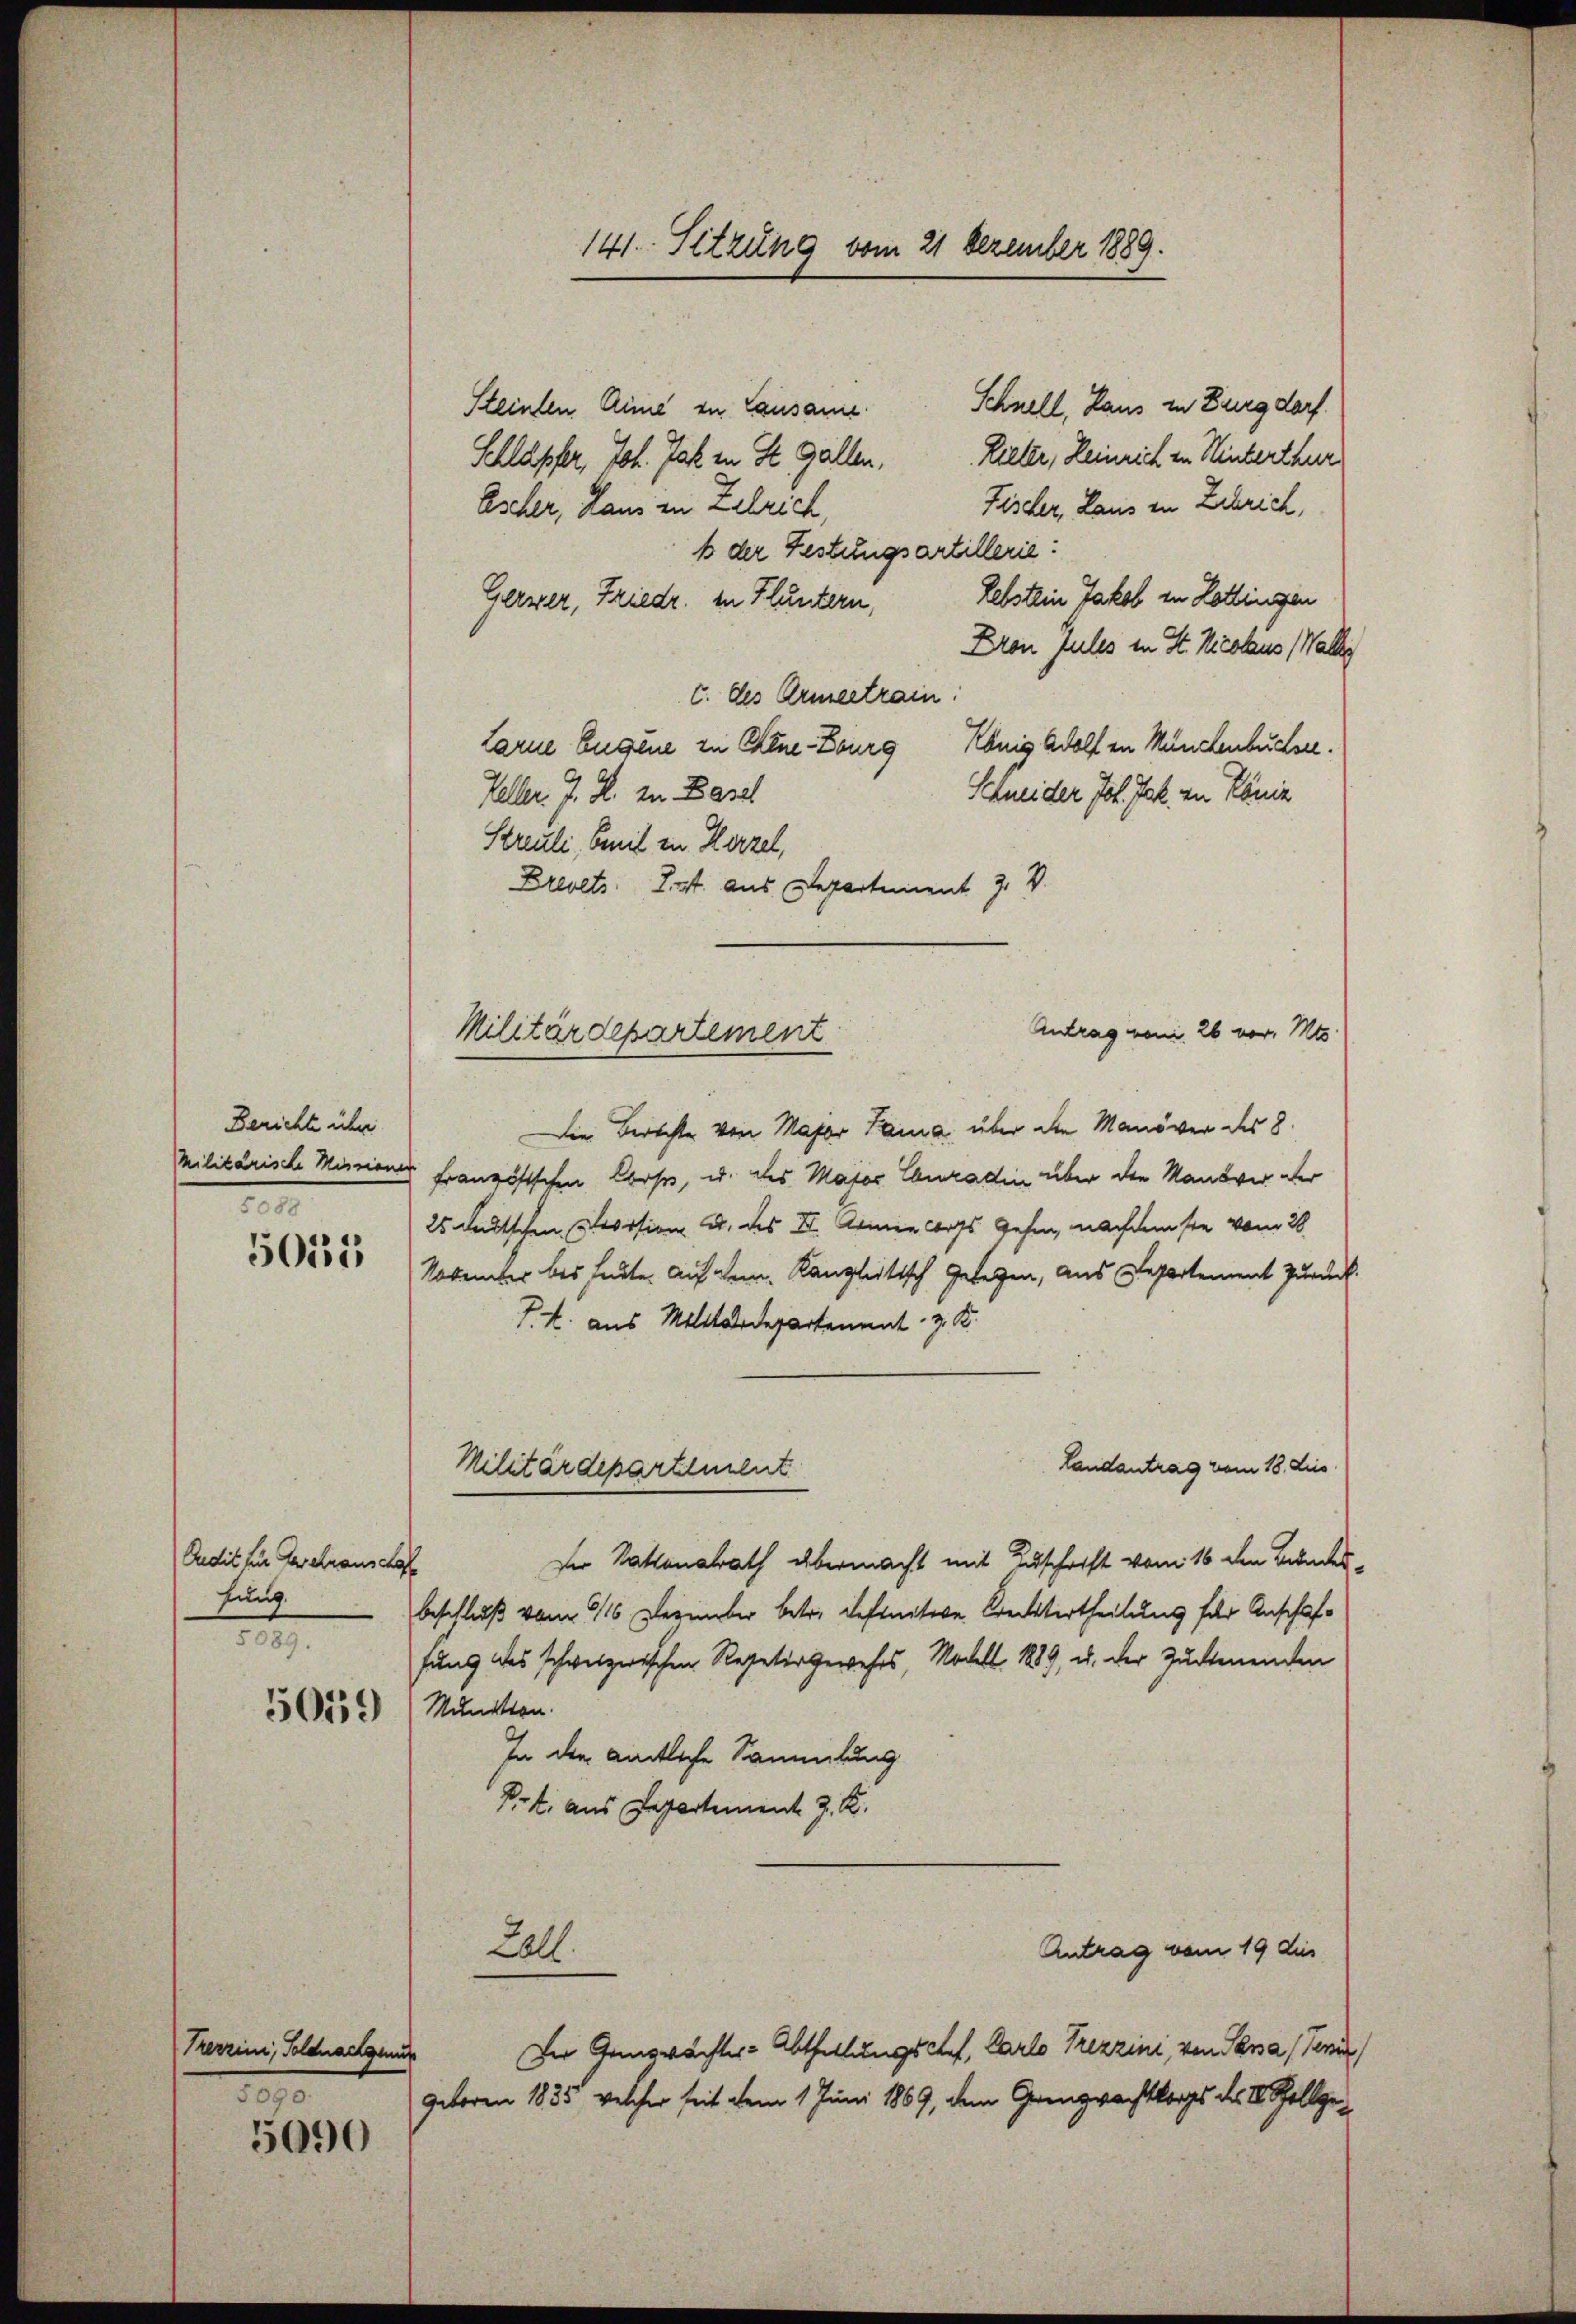
Berichte über
Militarische Missionen
1

5012

Ondit zur Geschranschaf
hung.
1.
5059

Trerzini, Soldnachgenug
190

5090

141. Sitzung vom 21 Dezember 1889.

Schnell, Haus in Burgdorf.
Steinten Anna zu Lausanie
Schläpfer, Joh. Jahr in St. Gallen. Ritter, Heinrich in Hinterthur
Fischer, Laus in Zubrich,
Escher, Ham in Zelrich,
ß der Festungsartillerie:
Letstein Jakob in Lottingen
Gerzer, Friedr. in Fluntern,
Dron Jules in St. Nicolaus Wallis
c. des Armeetrain.
König Adolf in Münchenbuchsee.
Larne Engene zu Chine-Bourg
Keller. J. R. zu Basel
S Kneider Joh. Jak. in König
Streuli, Emil in Hirzel,
Brevets Tit. aus Departement J. V.
Die Berechte von Major Laina, über die Manöver des 8.
Französischen Cose, u. des Matos Conradin über den Manöver der
25 deutschen Vorsion u. des III. Armen corps gehen, nachdemste vom 28.
November bei heute. Auf dem Kanzleitisch Gelegen, aus Departement zurück
P. k. aus Militärdepartement z. B.
Landantrag vom 18. Dies
Militärdepartement
Der Natonalrath übermacht mit Zuschrift vom 16 den Bundes
beschluß vom 16. Dezember betr. definitive Kreistertheilung für Anschaffung des schweizerischen Repetir geweses Modell 1889, u. der Zuckenenden
Munition.
In den amtliche Sammlung
Pf. aus Departement J. K.
Antrag vom 19 dies
Zall
Der Genprächter-Abtheilungschef, Carlo Trezzini, von Papa (Tan
geboren 1835, welcher seit dem 1. Juni 1869, dem Grenzwachtsorges der V. allge

Antrag von 26 vor. Mts.
Militärdepartement